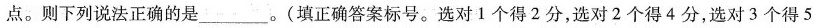
点。则下列说法正确的是___。(填正确答案标号。选对1个得2分，选对2个得4分，选对3个得5